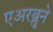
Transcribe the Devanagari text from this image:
एअरब्लूने